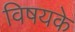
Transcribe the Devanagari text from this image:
विषयके